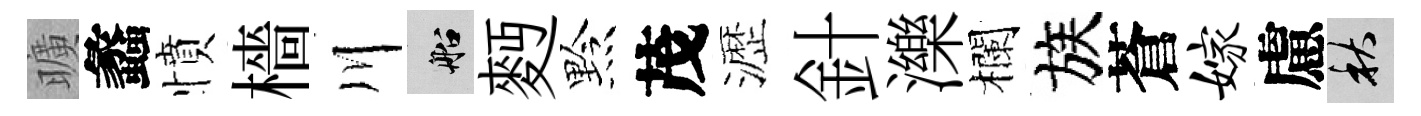
曠蠡憤檣川船麪黔茂瀝針濼欄族蒼嫁慮秋